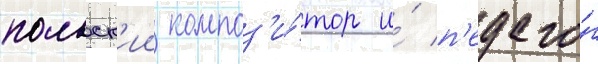
польск'ии композ'и́тор и́ п'едаго́г